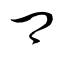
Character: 郷